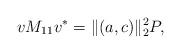
LaTeX: \begin{align*}vM_{11}v^*=\|(a,c)\|_2^2 P,\end{align*}